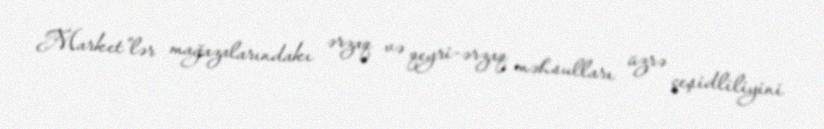
Market”lər mağazalarındakı ərzaq və qeyri-ərzaq məhsulları üzrə çeşidliliyini